Lunatic asylums Bombay report 1891-1903 - 1891-1903
Year: 1891
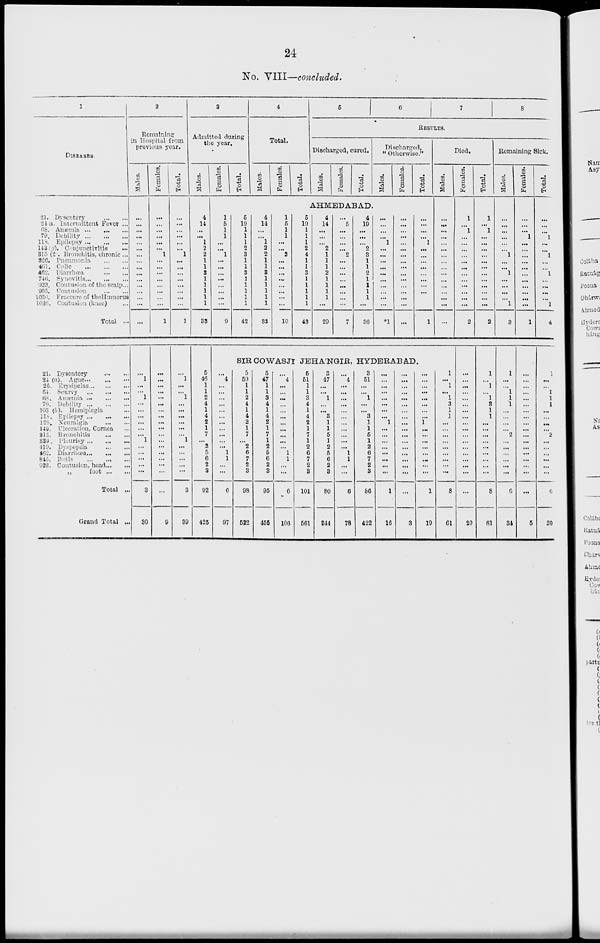
24
No. VIII—concluded.
1
DISEASES.
21. Dysentery ... ...
24 a. Intermittent Fever ...
68. Anæmia ... ... ...
79. Debility ... ... ...
118. Epilepsy ... ... ...
143 (g). Conjunctivitis ...
315 (2). Bronchitis, chronic ...
326. Pneumonia ... ...
461. Colic ... ... ...
462. Diarrhœa ... ...
740. Synovitis ... ... ...
923. Contusion of the scalp ...
935. Contusion ... ...
1030. Fracture of theHumerus
1036. Contusion (knee) ...
Total ...
21. Dysentery ... ...
24 (a). Ague ... ... ...
26. Erysipelas ... ... ...
64. Scurvy ... ... ...
68. Anæmia ... ... ...
79. Debility ... ... ...
103 (b). Hemiplegia ...
118. Epilopsy ... ... ...
125. Neuralgia ... ...
149. Ulceration, Cornea ...
315. Bronchitis ... ...
339. Pleurisy ... ... ...
419. Dyspepsia ... ...
462. Diarrhoea ... ... ...
845. Boils ... ... ...
923. Contusion, head ... ...
„
foot ... ...
Total ...
Grand Total ...
2
Remaining
in Hospital from
previous year.
Males.
...
...
...
...
...
...
...
...
...
...
...
...
...
...
...
...
...
1
...
...
1
...
...
...
...
...
...
1
...
...
...
...
...
3
30
Females.
...
...
...
...
...
...
1
...
...
...
...
...
...
...
...
1
...
...
...
...
...
...
...
...
...
...
...
...
...
...
...
...
...
...
9
Total.
...
...
...
...
...
...
1
...
...
...
...
...
...
...
...
1
...
1
...
...
1
...
...
...
...
...
...
1
...
...
...
...
...
3
39
3
Admitted during
the year.
Males.
4
14
...
...
1
2
2
1
1
3
1
1
1
1
1
33
5
46
...
...
...
...
...
...
...
...
...
...
2
5
6
2
3
92
425
Females.
1
5
1
1
...
...
1
...
...
...
...
...
...
...
...
9
...
4
...
...
...
...
...
...
...
...
...
...
...
1
1
...
...
6
97
Total.
5
19
1
1
1
2
3
1
1
3
1
1
1
1
1
42
4
Total.
Males.
4
14
...
...
1
2
2
...
...
...
...
...
...
...
...
33
Females.
1
5
1
1
...
...
2
...
...
...
...
...
...
...
...
10
Total.
5
6
7
8
RESULTS.
Discharged, cured.
Males.
Females.
Total.
AHMEDABAD.
5
19
1
1
1
2
4
...
...
...
...
...
...
...
...
43
4
14
...
...
...
2
1
1
1
2
1
1
1
1
...
29
...
5
...
...
...
...
2
...
...
...
...
...
...
...
...
7
4
19
...
...
...
2
3
1
1
2
1
1
1
1
...
36
Discharged,
"Otherwise."
Males.
...
...
...
...
1
...
...
...
...
...
...
...
...
...
...
*1
Females.
...
...
...
...
...
...
...
...
...
...
...
...
...
...
...
...
Total.
...
...
...
...
1
...
...
...
...
...
...
...
...
...
...
1
SIR COWASJI JEHA'NGIR, HYDEBABAD.
5
50
...
...
...
...
...
...
...
...
...
...
2
6
7
2
3
98
522
5
47
1
1
3
4
1
4
2
1
7
1
2
5
6
2
8
95
455
...
4
...
...
...
...
...
...
...
...
...
...
...
1
1
...
...
6
106
5
51
1
1
3
4
1
4
2
1
7
1
2
6
7
2
8
101
561
8
47
...
...
1
...
...
3
1
1
5
1
2
5
6
2
3
80
844
...
4
...
...
...
...
...
...
...
...
...
...
...
1
1
...
...
6
78
8
51
...
...
1
...
...
3
1
1
5
1
2
6
7
2
3
86
422
...
...
...
...
...
...
...
...
1
...
...
...
...
...
...
...
...
1
16
...
...
...
...
...
...
...
...
...
...
...
...
...
...
...
...
...
...
3
...
...
...
...
...
...
...
...
1
...
...
...
...
...
...
...
...
1
19
Died.
Males.
...
...
...
...
...
...
...
...
...
...
...
...
...
...
...
...
1
...
1
...
1
3
1
1
...
...
...
...
...
...
...
...
...
8
61
Females.
1
...
1
...
...
...
...
...
...
...
...
...
...
...
...
2
...
...
...
...
...
...
...
...
...
...
...
...
...
...
...
...
...
...
20
Total.
1
...
1
...
...
...
...
...
...
...
...
...
...
...
...
2
1
...
1
...
1
3
1
1
...
...
...
...
...
...
...
...
...
8
81
Remaining Sick.
Males.
...
...
...
...
...
...
1
...
...
1
...
...
...
...
1
3
1
...
...
1
1
1
...
...
...
...
2
...
...
...
...
...
6
34
Females.
...
...
...
1
...
...
...
...
...
...
...
...
...
...
...
1
...
...
...
...
...
...
...
...
...
...
...
...
...
...
...
...
...
...
5
Total.
...
...
...
1
...
...
1
...
...
1
...
...
...
...
1
4
1
...
...
1
1
1
...
...
...
...
2
...
...
...
...
...
...
6
39